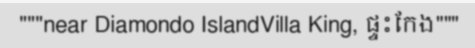
"""near Diamondo IslandVilla King, ផ្ទះកែង"""